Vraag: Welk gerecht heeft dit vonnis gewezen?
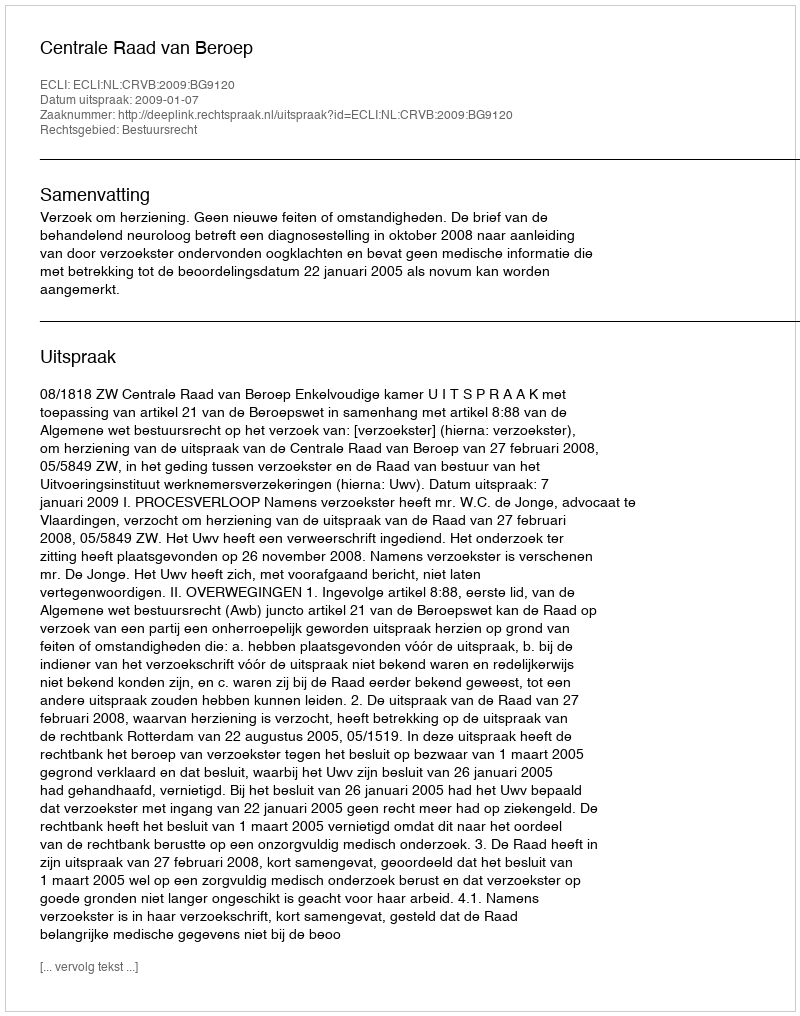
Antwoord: Centrale Raad van Beroep